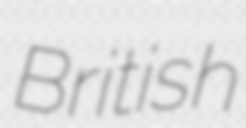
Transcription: British